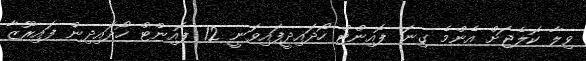
ވިލާ ކޮލެޖަށް އެންމެ ގިނަ ޕޮއިންޓް ހޯދައިދީފައިވަނީ 12 ޕޮއިންޓް ހޯދައިދިން ފައިރޫޒާ